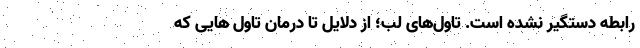
رابطه دستگیر نشده است. تاول‌های لب؛ از دلایل تا درمان تاول هایی که